Code of medical and sanitary regulations for the guidance of medical officers serving in the Madras Presidency - Volume II
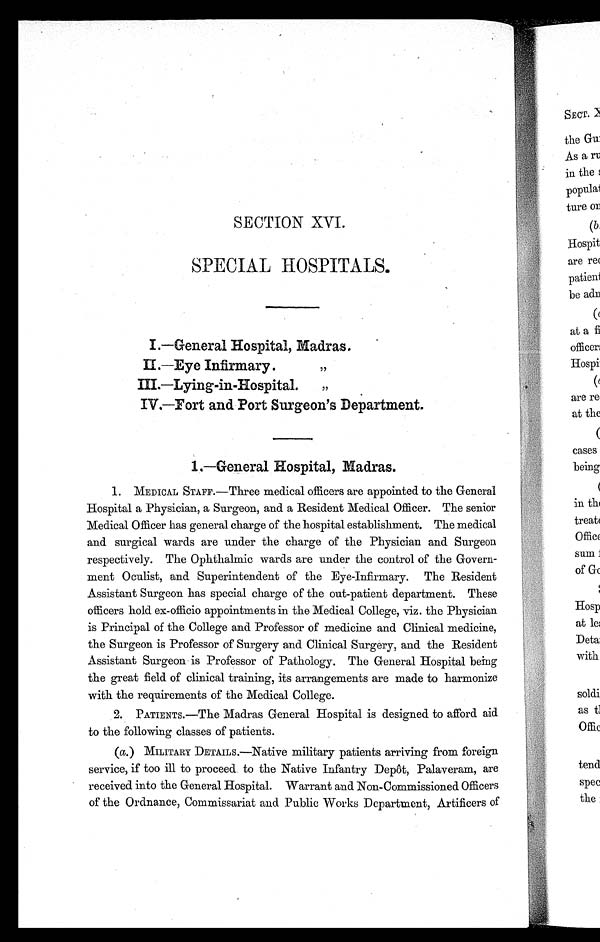
SECTION XVI.
SPECIAL HOSPITALS.
I . — G e n e r a l H o s p i t a l , M a d r a s .
II.—Eye Infirmary.
,,
I I I . — L y i n g - i n - H o s p i t a l . , ,
IV.—Fort and Port Surgeon's Department.
1.—General Hospital, Madras.
1. MEDICAL STAFF.—Three medical officers are appointed to the General
Hospital a Physician, a Surgeon, and a Resident Medical Officer. The senior
Medical Officer has general charge of the hospital establishment. The medical
and surgical wards are under the charge of the Physician and Surgeon
respectively. The Ophthalmic wards are under the control of the Govern-
ment Oculist, and Superintendent of the Eye-Infirmary. The Resident
Assistant Surgeon has special charge of the out-patient department. These
officers hold ex-officio appointments in the Medical College, viz. the Physician
is Principal of the College and Professor of medicine and Clinical medicine,
the Surgeon is Professor of Surgery and Clinical Surgery, and the Resident
Assistant Surgeon is Professor of Pathology. The General Hospital being
the great field of clinical training, its arrangements are made to harmonize
with the requirements of the Medical College.
2. PATIENTS.—The Madras General Hospital is designed to afford aid
to the following classes of patients.
(a.) MILITARY DETAILS.—Native military patients arriving from foreign
service, if too ill to proceed to the Native Infantry Depôt, Palaveram, are
received into the General Hospital. Warrant and Non-Commissioned Officers
of the Ordnance, Commissariat and Public Works Department, Artificers of